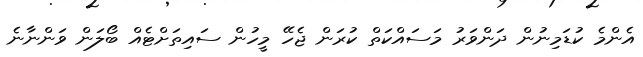
އެންމެ ކުޑަމިނުން ދަންވަރު މަސައްކަތް ކުރަން ޖެހޭ މީހުން ސައިތަށްޓެއް ބޯލަން ވަންނާނެ